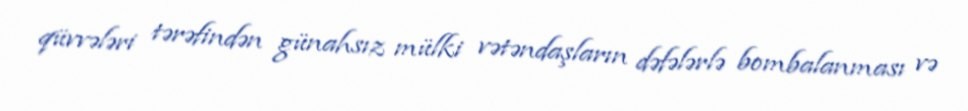
qüvvələri tərəfindən günahsız mülki vətəndaşların dəfələrlə bombalanması və